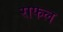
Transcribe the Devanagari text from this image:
राफल